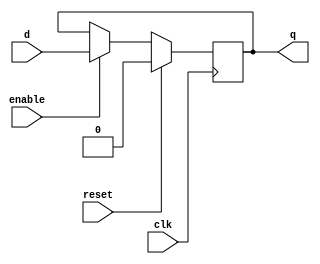
module d_flip_flop(
    input wire clk,       // Clock input
    input wire reset,     // Reset signal input
    input wire enable,    // Enable signal input
    input wire d,         // Data input
    output reg q          // Data output
);

always @(posedge clk) begin
    if (reset) begin
        q <= 1'b0;      // Clear the stored data on synchronous reset
    end else begin
        if (enable) begin
            q <= d;     // Load new data on clock edge when enabled
        end
    end
end

endmodule